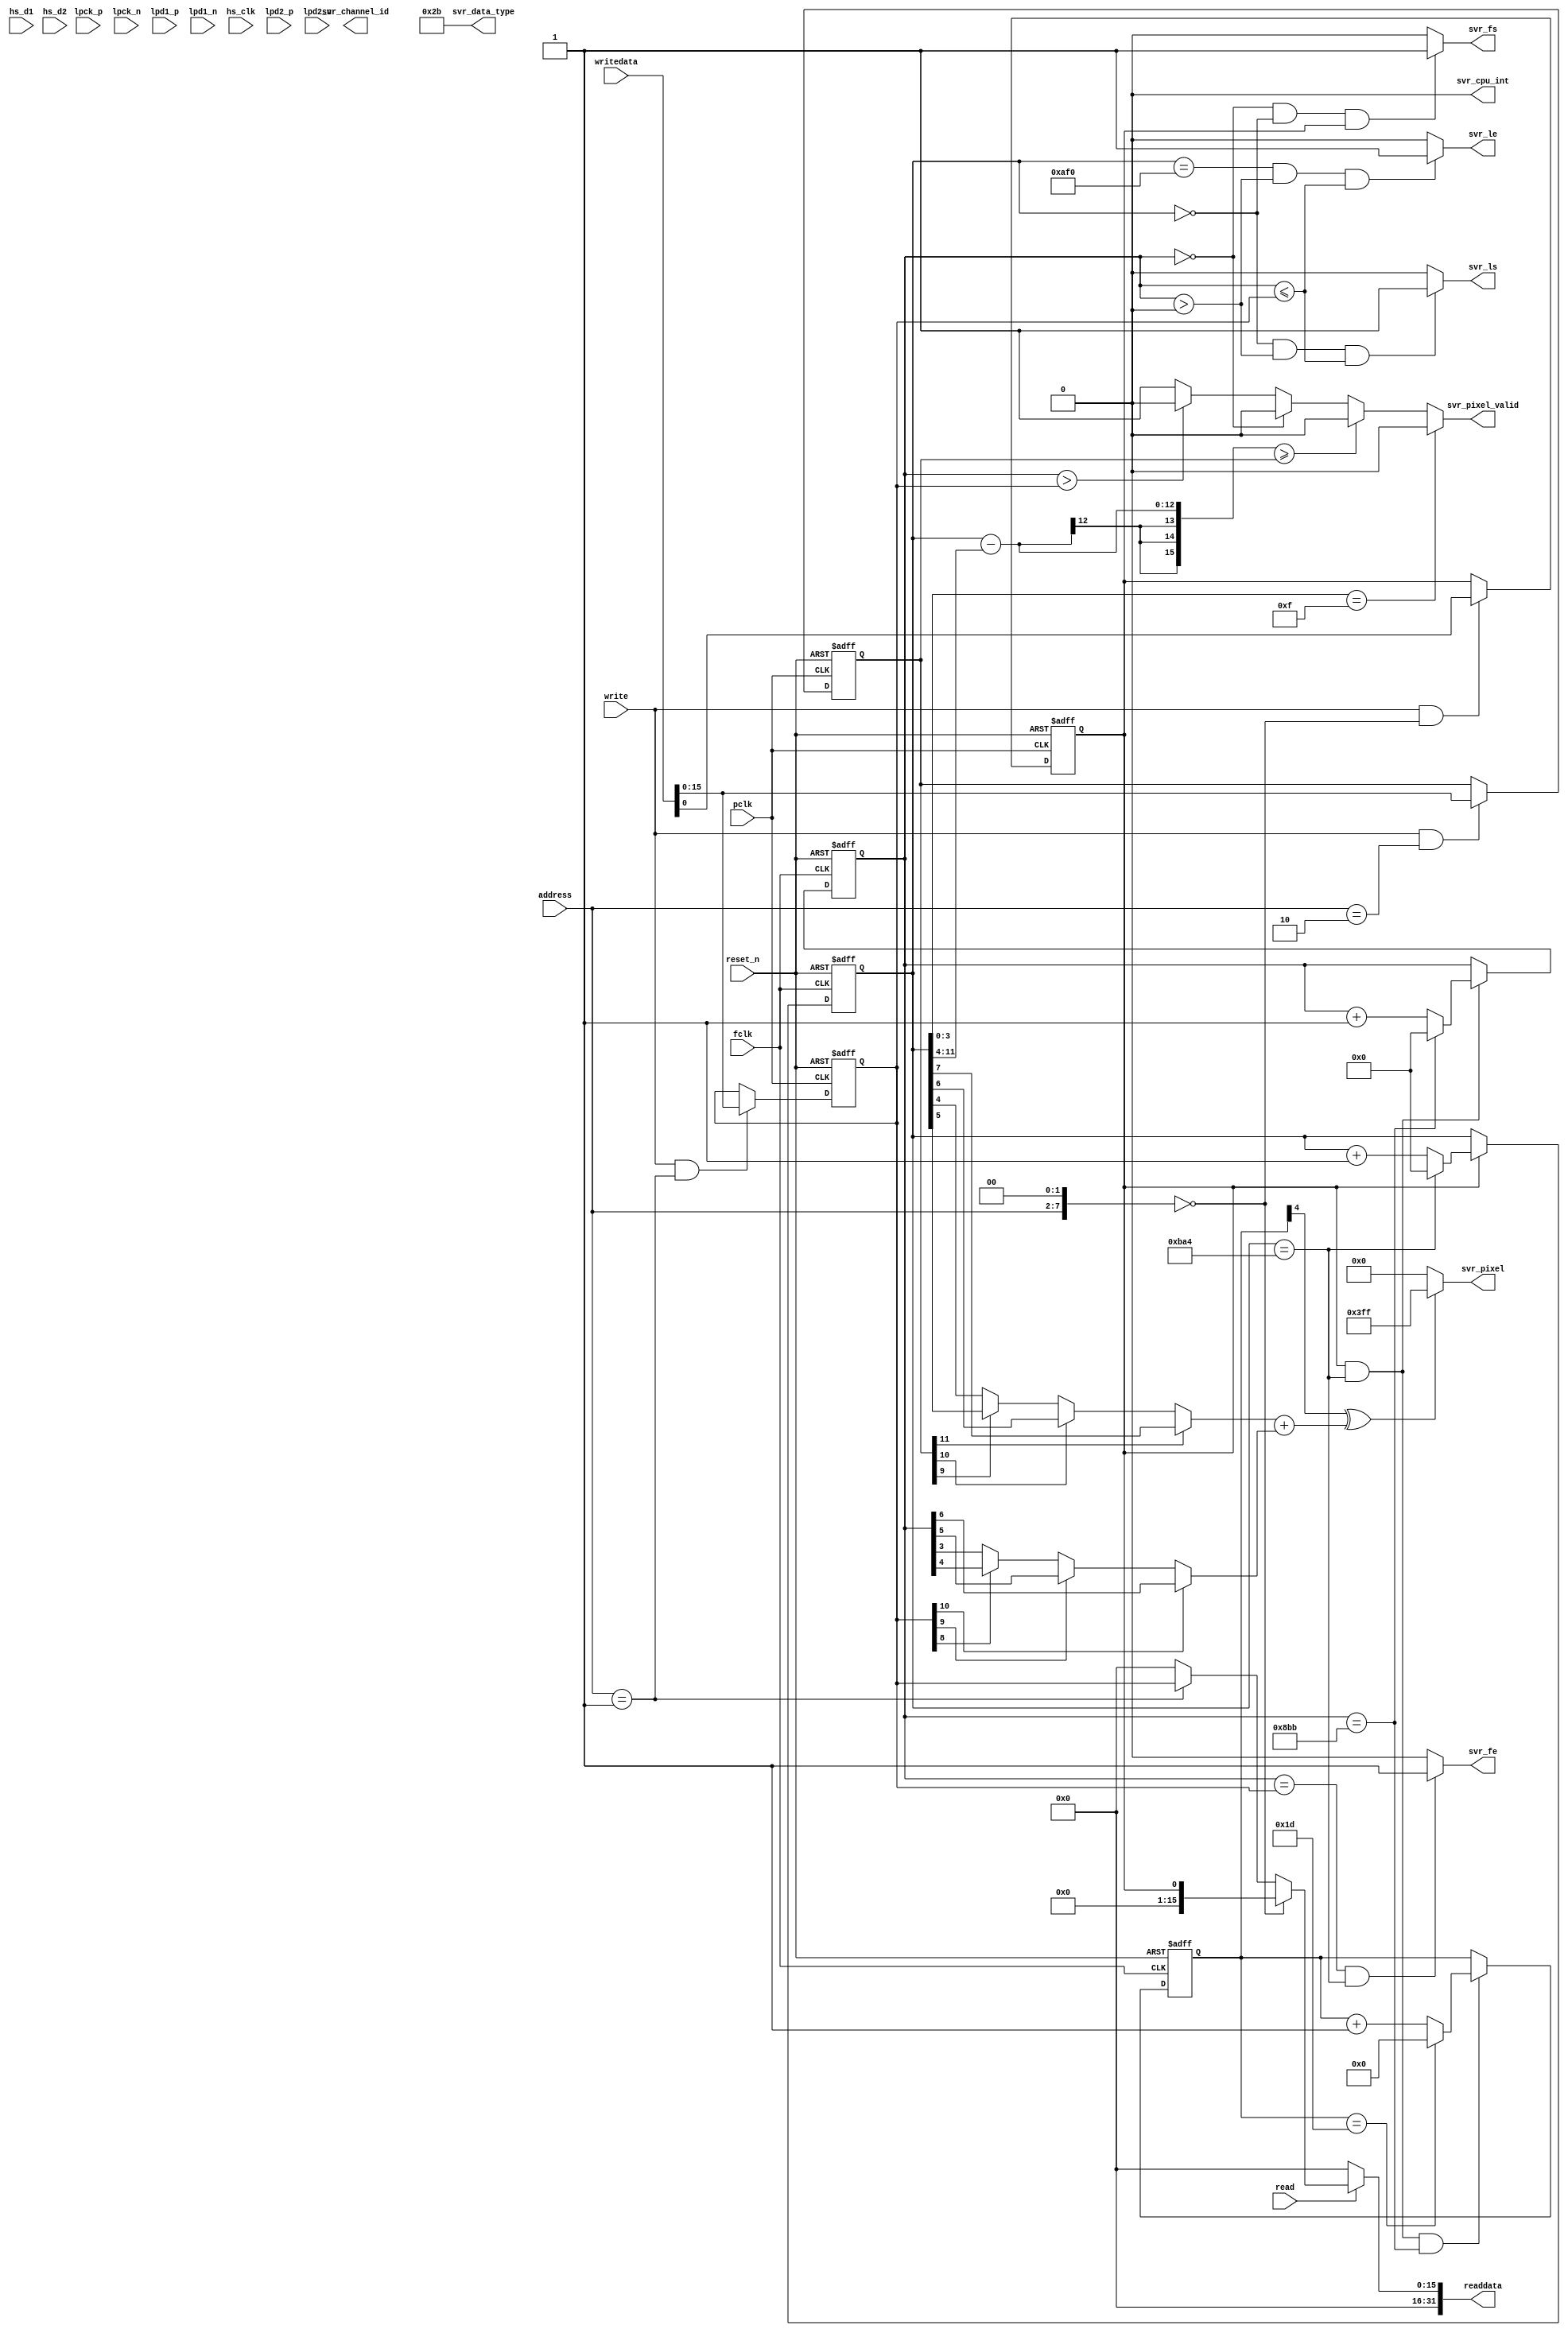
// dummy svr
// allow testing of the video output and register r/w 
//  
// 28-july-2014  
//  
//  COPYRIGHT VLSI PLUS, LTD. 2014
/////////////////////////////////////////////////////////////
// THE IP IS PROVIDED "AS IS", WITHOUT WARRANTY OF ANY KIND, 
// EXPRESS OR IMPLIED, INCLUDING BUT NOT LIMITED TO THE 
// WARRANTIES OF MERCHANTABILITY, FITNESS FOR A PARTICULAR 
// PURPOSE AND NONINFRINGEMENT. IN NO EVENT SHALL VLSI 
// PLUS, LTD. BE LIABLE FOR ANY CLAIM, DAMAGES OR OTHER 
// LIABILITY, WHETHER IN AN ACTION OF CONTRACT, TORT OR 
// OTHERWISE, ARISING FROM, OUT OF OR IN CONNECTION WITH 
// THE IP OR THE USE OR OTHER DEALINGS IN THE IP.
//
// THIS FILE IS PRELIMINARY AND  SUBJECT TO CHANGE WITHOUT 
// NOTICE
/////////////////////////////////////////////////////////////
//  9/26: Removed SPI (MR)  

`timescale 1ns/1ps

module dummy_svr(
svr_pixel          ,
svr_pixel_valid    ,
svr_channel_id     ,
svr_fs             ,
svr_fe             ,
svr_ls             ,
svr_le             ,
svr_data_type      ,
svr_cpu_int        ,
readdata           ,
fclk               ,
pclk               ,
reset_n            ,
address            ,
writedata          ,
write              ,
read               ,
lpck_p   	   ,
lpck_n             ,
lpd1_p             ,
lpd1_n             ,
hs_clk             ,   // note - those are outputs from the lvds buffers. In the data sheet we have inputs
hs_d1              ,   // note - those are outputs from the lvds buffers. In the data sheet we have inputs
hs_d2              ,   // note - those are outputs from the lvds buffers. In the data sheet we have inputs
lpd2_p             ,
lpd2_n            
);

                                
output   [ 9:0] svr_pixel          ; // pixel output. RAW10 - all bits are used. RAW8 - bits 7:0 are used. Sample with fclk   
output          svr_pixel_valid    ; // pixel valid qualifier. Sample with fclk    
output   [ 1:0] svr_channel_id     ; // MIPI CSI2 Channel indicator. I don't think that the camera is using it, so it will probably be 00. Sample with fclk    
output          svr_fs             ; // Frame-Start. One fclk wide pulse    
output          svr_fe             ; // Frame-End. One fclk wide pulse     
output          svr_ls             ; // Line-Start. One fclk wide pulse    
output          svr_le             ; // Line-End. One fclk wide pulse      
output   [ 5:0] svr_data_type      ; // will indicate the data-type of the received packet, per CSI2. RAW8 is 0x28 and RAW10 is 0x2B. Sample with fclk    
output          svr_cpu_int        ; // Interrupt output, upon error or other predefined cases. Sample with pclk    
output   [31:0] readdata           ; // avalon read bus; used to read reg    
input           fclk               ; // main clock input. min 100MHz
input           pclk               ; // r/w clock; used to read/write registers.    
input           reset_n            ; // a-synchronous  
input   [ 5:0]  address            ; // word-address. all registers are 32 bit wide. sampled with pclk.  
input   [31:0]  writedata          ; // write-data; sampled with pclk. 
input           write              ; // write; sampled with pclk. 
input           read               ; // read; sampled with pclk. 
input           lpck_p   	   ; // CMOS level of clock lane Dp wire. Asynchronous.
input           lpck_n   	   ; // CMOS level of clock lane Dn wire. Asynchronous.
input           lpd1_p             ; // CMOS level of data-1 lane Dp wire. Asynchronous.  
input           lpd1_n             ; // CMOS level of data-1 lane Dn wire. Asynchronous.  
input           hs_clk             ; // clock  lane HS level. source-synchronous.
input           hs_d1              ; // data-1 lane HS level. source-synchronous.
input           hs_d2              ; // data-2 lane HS level. source-synchronous.
input           lpd2_p             ; // CMOS level of data-2 lane Dp wire. Asynchronous.   
input           lpd2_n             ; // CMOS level of data-2 lane Dn wire. Asynchronous.   

//
// registers
// address  name     contents
// =======  ======   ========
// 0x00     enable   single bit enable register. No video will be generated if it is not set
// 0x04     rows     number of rows in the image. default = 1080
// 0x08     columns  number of columns in the image. default = 1920
//
reg        enable   ;
reg [15:0] rows     ;
reg [15:0] columns  ;
wire [7:0] paddr_e = {address, 2'b00};
// read/write registers. 
always @(posedge pclk or negedge reset_n) if (~reset_n) enable  <=  1'd0    ; else if ((write == 1'b1)&&(paddr_e==8'h00)) enable  <= writedata[   0];
always @(posedge pclk or negedge reset_n) if (~reset_n) rows    <= 16'd1080 ; else if ((write == 1'b1)&&(paddr_e==8'h04)) rows    <= writedata[15:0];
always @(posedge pclk or negedge reset_n) if (~reset_n) columns <= 16'd1920 ; else if ((write == 1'b1)&&(paddr_e==8'h08)) columns <= writedata[15:0];
//
//
// reading the registers
//
assign readdata = (read == 1'b0 )? 16'd0:
				  (paddr_e == 8'h00)? {31'd0, enable }:
				  (paddr_e == 8'h04)? {16'd0, rows   }:
				  (paddr_e == 8'h00)? {16'd0, columns}: 32'd0;
				
reg [11:0] row_counter, col_counter;
reg [4:0] frame_counter;

always @(posedge fclk or negedge reset_n) 
if (~reset_n) col_counter <= 12'd0;
else if (enable) col_counter <= (col_counter == 12'd2980)? 12'd0: col_counter + 12'd1;

always @(posedge fclk or negedge reset_n) 
if (~reset_n) row_counter <= 12'd0;
else if ((enable)&&(col_counter == 12'd2980)) 
             row_counter <= (row_counter == 12'd2235)? 12'd0: row_counter + 12'd1;

always @(posedge fclk or negedge reset_n) 
if (~reset_n) frame_counter <= 5'd0;
else if ((enable)&&(col_counter == 12'd2980)&&(row_counter == 12'd2235))
              frame_counter <= (frame_counter == 5'd29)? 5'd0: frame_counter + 5'd1; 
				

assign svr_pixel_valid = (col_counter[3:0] == 4'b1111)                  ? 1'b0:
                         ((col_counter - col_counter[11:4]) >= columns) ? 1'b0:
						 (row_counter == 11'd0)                         ? 1'b0:
						 (row_counter > rows)                           ? 1'b0:
                                                                          1'b1;

wire [3:0] horizotal_select = (columns[11] == 1'b1)? col_counter[10:7]:
                              (columns[10] == 1'b1)? col_counter[ 9:6]:
                              (columns[ 9] == 1'b1)? col_counter[ 8:5]: col_counter[ 7:4];

wire [3:0] vertical_select =  (rows[10] == 1'b1)? row_counter[9:6]:
                              (rows[ 9] == 1'b1)? row_counter[8:5]:
                              (rows[ 8] == 1'b1)? row_counter[7:4]: row_counter[6:3];
					    					   
wire [4:0] color_select = horizotal_select + vertical_select ;                                             

wire color = (frame_counter[4] ^ color_select[0]);

assign svr_pixel = (color==1'b1)? 10'd1023: 9'd0;

assign svr_fs = ((row_counter == 12'd0) && (col_counter == 12'd0) && (enable == 1'b1))? 1'b1: 1'b0;

assign svr_fe = ((row_counter == rows) && (col_counter == 12'd2980))? 1'b1: 1'b0;

assign svr_ls = ((col_counter == 12'd0) && (row_counter > 12'd0) &&(row_counter <= rows))? 1'b1: 1'b0;

assign svr_le = ((col_counter == 12'd2800) && (row_counter > 12'd0) &&(row_counter <= rows))? 1'b1: 1'b0;

////////////////////////////////////
assign svr_channel     = 2'b00  ;
assign svr_data_type   = 6'h2b  ;
assign svr_cpu_int     = 1'b0   ;
assign enable_2        = 1'b0   ;
assign enable_hs_clk   = 1'b0   ;
assign enable_hs_lane1 = 1'b0   ;
assign enable_hs_lane2 = 1'b0   ;
assign svr_enable      = enable ;

             
endmodule